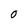
Character: O